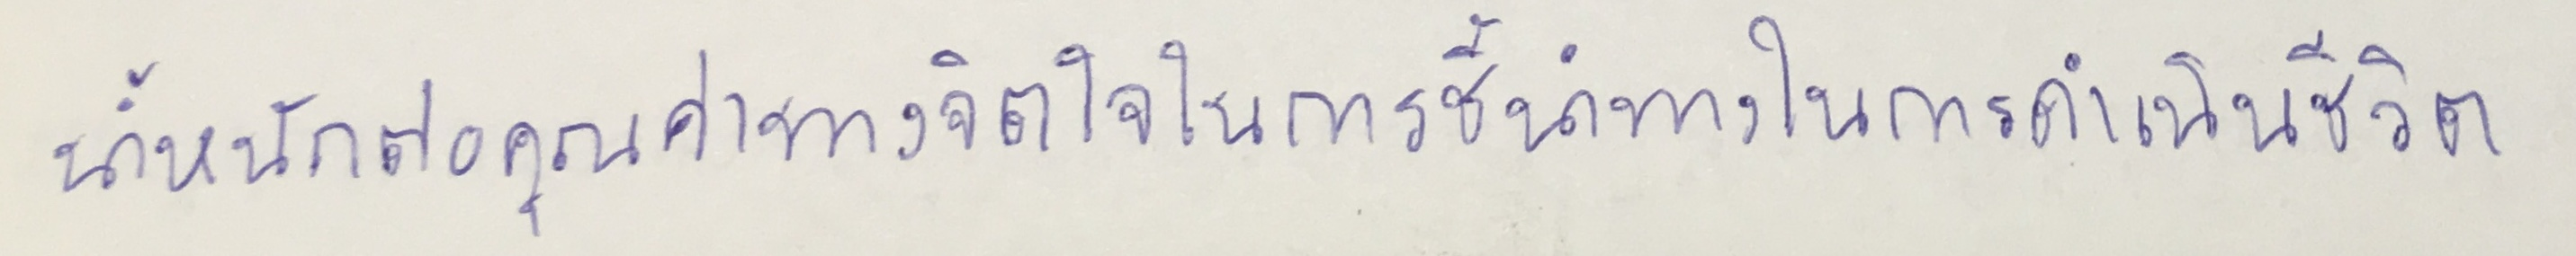
น้ำหนักต่อคุณค่าทางจิตใจในการชี้นำทางในการดำเนินชีวิต